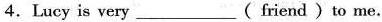
4.Lucy is very___( friend )to me.